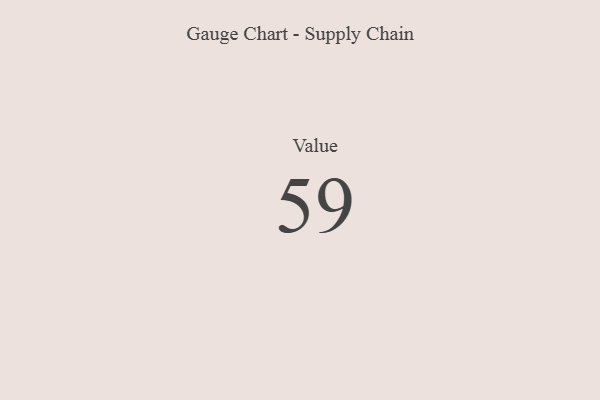
{"axis": {"x": "Metric", "y": "Value"}, "legend": [""], "data": [{"x": "Value", "y": 59, "type": ""}]}